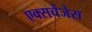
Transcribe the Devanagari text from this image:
एक्सचेंजेस